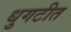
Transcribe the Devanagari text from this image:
धुगटीत